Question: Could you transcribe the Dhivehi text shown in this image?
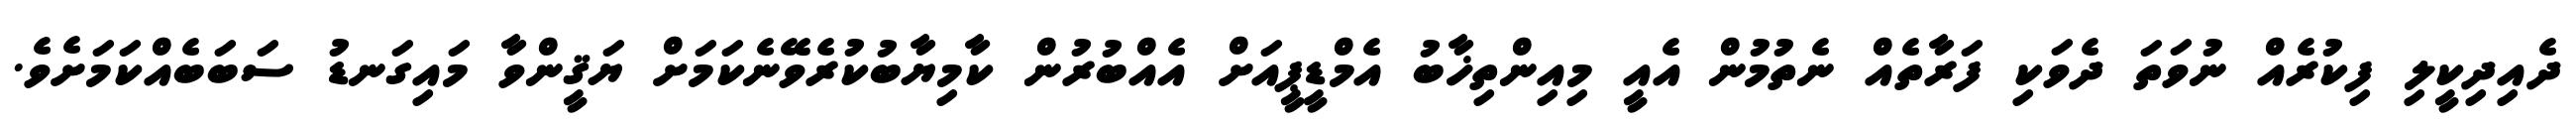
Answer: ދެއިދިކީލި ފިކުރެއް ނުވަތަ ދެވަކި ފަރާތެއް ނެތުމުން އެއީ މިއިންތިޚާބު އެމްޑީޕީއަށް އެއްބުރުން ކާމިޔާބުކުރެވޭނެކަމަށް ޔަޤީންވާ މައިގަނޑު ސަބަބެއްކަމަށެވެ.